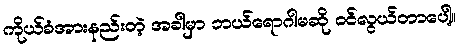
ကိုယ်ခံအားနည်းတဲ့ အခါမှာ ဘယ်ရောဂါမဆို ဝင်လွယ်တာပေါ့။